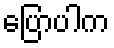
ပြောပါက